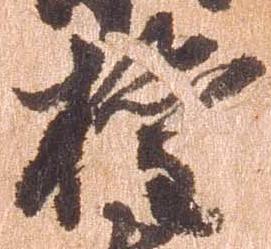
権